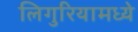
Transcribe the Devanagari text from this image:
लिगुरियामध्ये